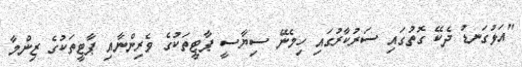
"އަޅުގަނޑު ދެކޭ ގޮތުގައި ސަރުކާރުގައި ހިމެނޭ ސިޔާސީ ޕާޓީތަކުގެ ވެރިންނާއި ޕާޓީތަކުގެ ޒިންމާ